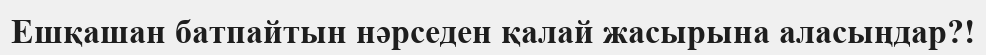
Ешқашан батпайтын нәрседен қалай жасырына аласыңдар?!